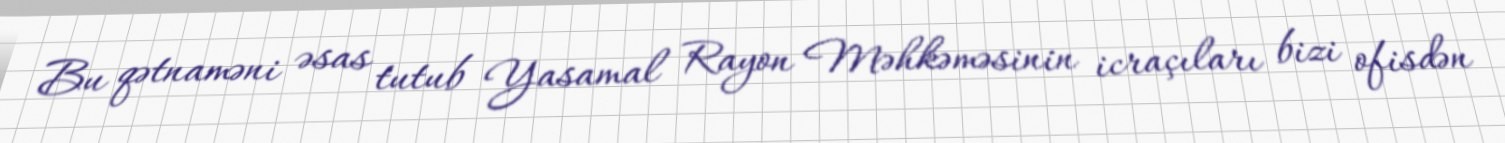
Bu qətnaməni əsas tutub Yasamal Rayon Məhkəməsinin icraçıları bizi ofisdən